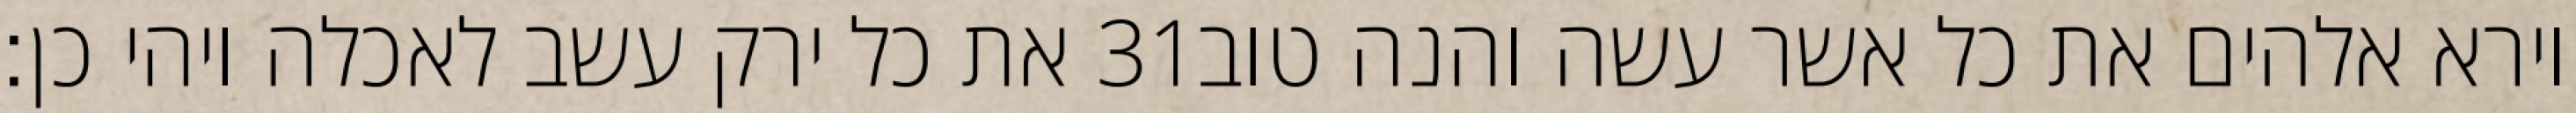
את כל ירק עשב לאכלה ויהי כן׃ ‎31‏ וירא אלהים את כל אשר עשה והנה טוב